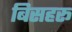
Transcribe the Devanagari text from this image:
बिसहरू